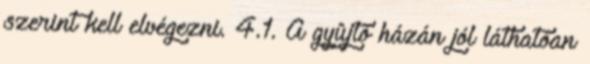
szerint kell elvégezni. 4.1. A gyûjtõ házán jól láthatóan